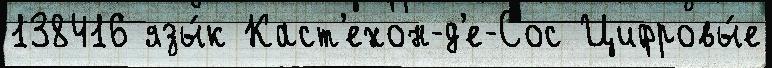
138416 язы́к Каст'ехон-д'е-Сос Цифровы́е